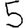
Digit: 5